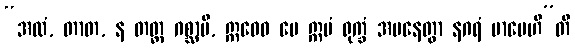
“အလံ, တာတ, န တတ္ထ ဂစ္ဆာမိ, ဣဓေဝ မေ ဣမံ ရုက္ခံ အပနေတွာ နဂရံ မာပေဟီ”တိ